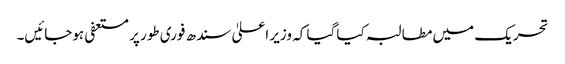
تحریک میں مطالبہ کیا گیا کہ وزیر اعلیٰ سندھ فوری طور پر مستعفی ہوجائیں۔